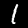
Label: 1